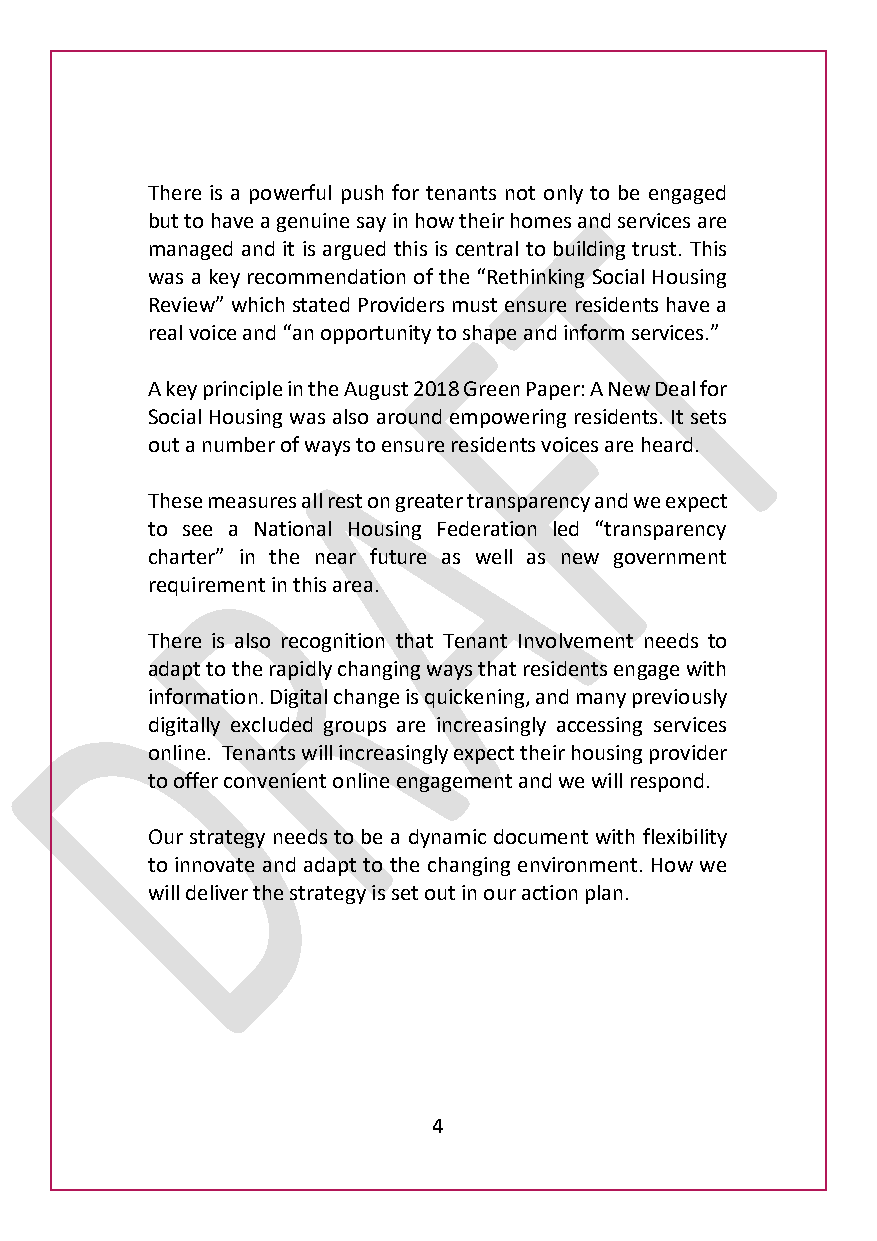
There is a powerful push for tenants not only to be engaged
 but to have a genuine say in how their homes and services are
 managed and it is argued this is central to building trust. This
 was a key recommendation of the “Rethinking Social Housing
 Review” which stated Providers must ensure residents have a
 real voice and “an opportunity to shape and inform services.”
 A key principle in the August 2018 Green Paper: A New Deal for
 Social Housing was also around empowering residents. It sets
 out a number of ways to ensure residents voices are heard.
 These measures all rest on greater transparency and we expect
 to see a National Housing Federation led “transparency
 charter” in the near future as well as new government
 requirement in this area.
 There is also recognition that Tenant Involvement needs to
 adapt to the rapidly changing ways that residents engage with
 information. Digital change is quickening, and many previously
 digitally excluded groups are increasingly accessing services
 online. Tenants will increasingly expect their housing provider
 to offer convenient online engagement and we will respond.
 Our strategy needs to be a dynamic document with flexibility
 to innovate and adapt to the changing environment. How we
 will deliver the strategy is set out in our action plan.
 4